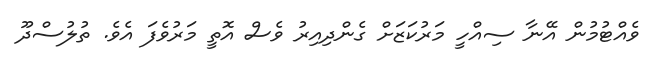
ވެއްޓުމުން އޭނާ ސިއްހީ މަރުކަޒަށް ގެންދިއިރު ވެސް އޮތީ މަރުވެފަ އެވެ. ތުލުސްދޫ